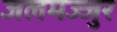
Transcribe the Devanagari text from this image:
जलमज्जुर